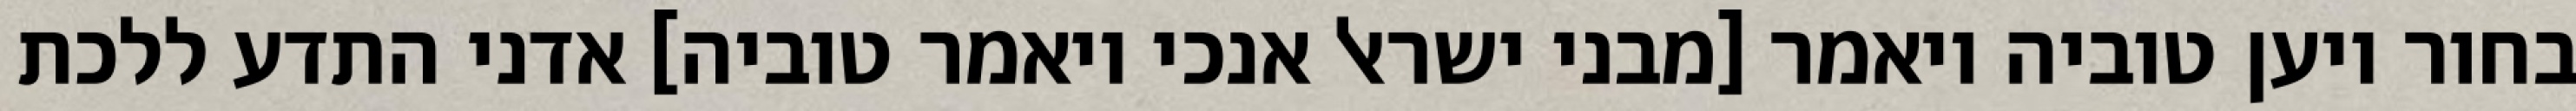
בחור ויען טוביה ויאמר [מבני ישראל אנכי ויאמר טוביה] אדני התדע ללכת